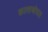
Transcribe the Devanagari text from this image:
कालाओघात